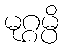
မုဂ္ဂမ္ပိ